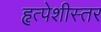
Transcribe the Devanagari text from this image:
हृत्पेशीस्तर